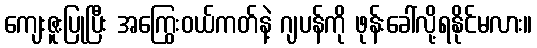
ကျေးဇူးပြုပြီး အကြွေးဝယ်ကတ်နဲ့ ဂျပန်ကို ဖုန်းခေါ်လို့ရနိုင်မလား။